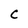
Character: C